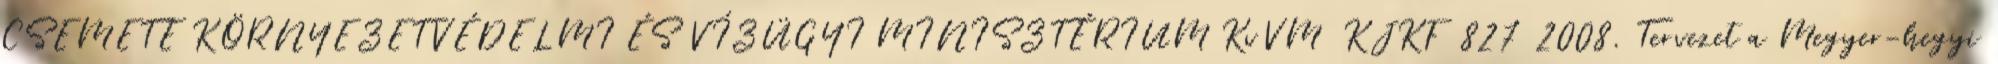
CSEMETE KÖRNYEZETVÉDELMI ÉS VÍZÜGYI MINISZTÉRIUM KvVM KJKF 827 2008. Tervezet a Megyer-hegyi